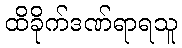
ထိခိုက်ဒဏ်ရာရသူ